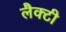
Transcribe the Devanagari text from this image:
लैक्टी